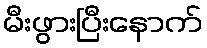
မီးဖွားပြီးနောက်